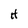
Character: H